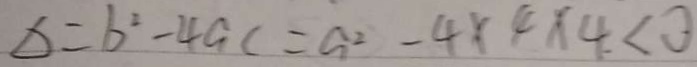
\Delta = b ^ { 2 } - 4 a c = a ^ { 2 } - 4 \times 4 \times 4 < 0